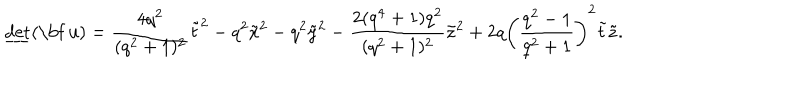
\underline { { { \mathrm { d e t } } } } ( \mathrm { \bf ~ u } ) = \frac { 4 q ^ { 2 } } { ( q ^ { 2 } + 1 ) ^ { 2 } } \tilde { t } ^ { 2 } - q ^ { 2 } \tilde { x } ^ { 2 } - q ^ { 2 } \tilde { y } ^ { 2 } - \frac { 2 ( q ^ { 4 } + 1 ) q ^ { 2 } } { ( q ^ { 2 } + 1 ) ^ { 2 } } \tilde { z } ^ { 2 } + 2 q \left( \frac { q ^ { 2 } - 1 } { q ^ { 2 } + 1 } \right) ^ { 2 } \tilde { t } \tilde { z } .